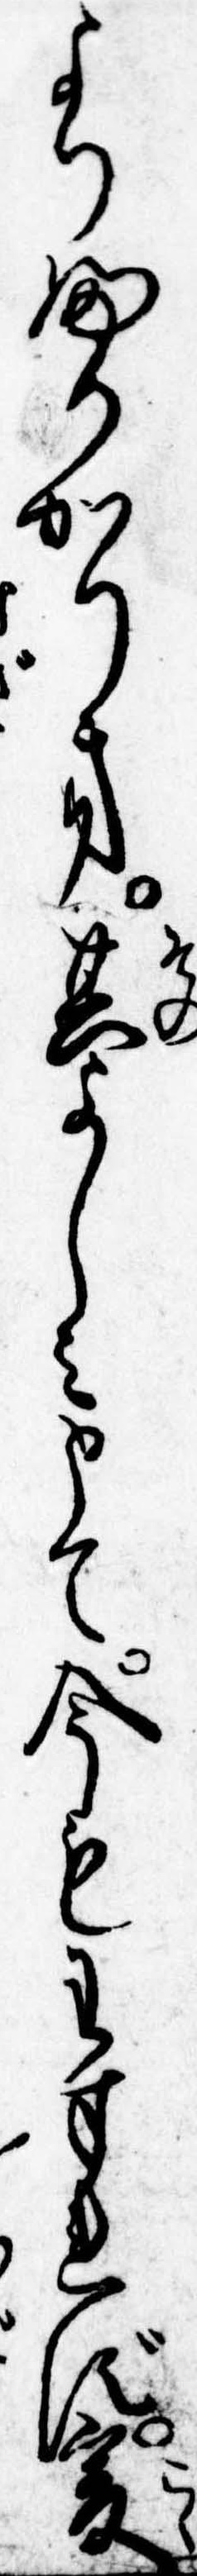
よりふかかりき其よしみとて今もわすれず爰